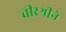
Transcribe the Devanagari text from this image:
वीरश्रीने